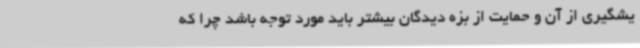
یشگیری از آن و حمایت از بزه دیدگان بیشتر باید مورد توجه باشد چرا که